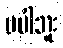
မပါဘူး